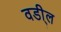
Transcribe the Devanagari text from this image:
वडी्ल